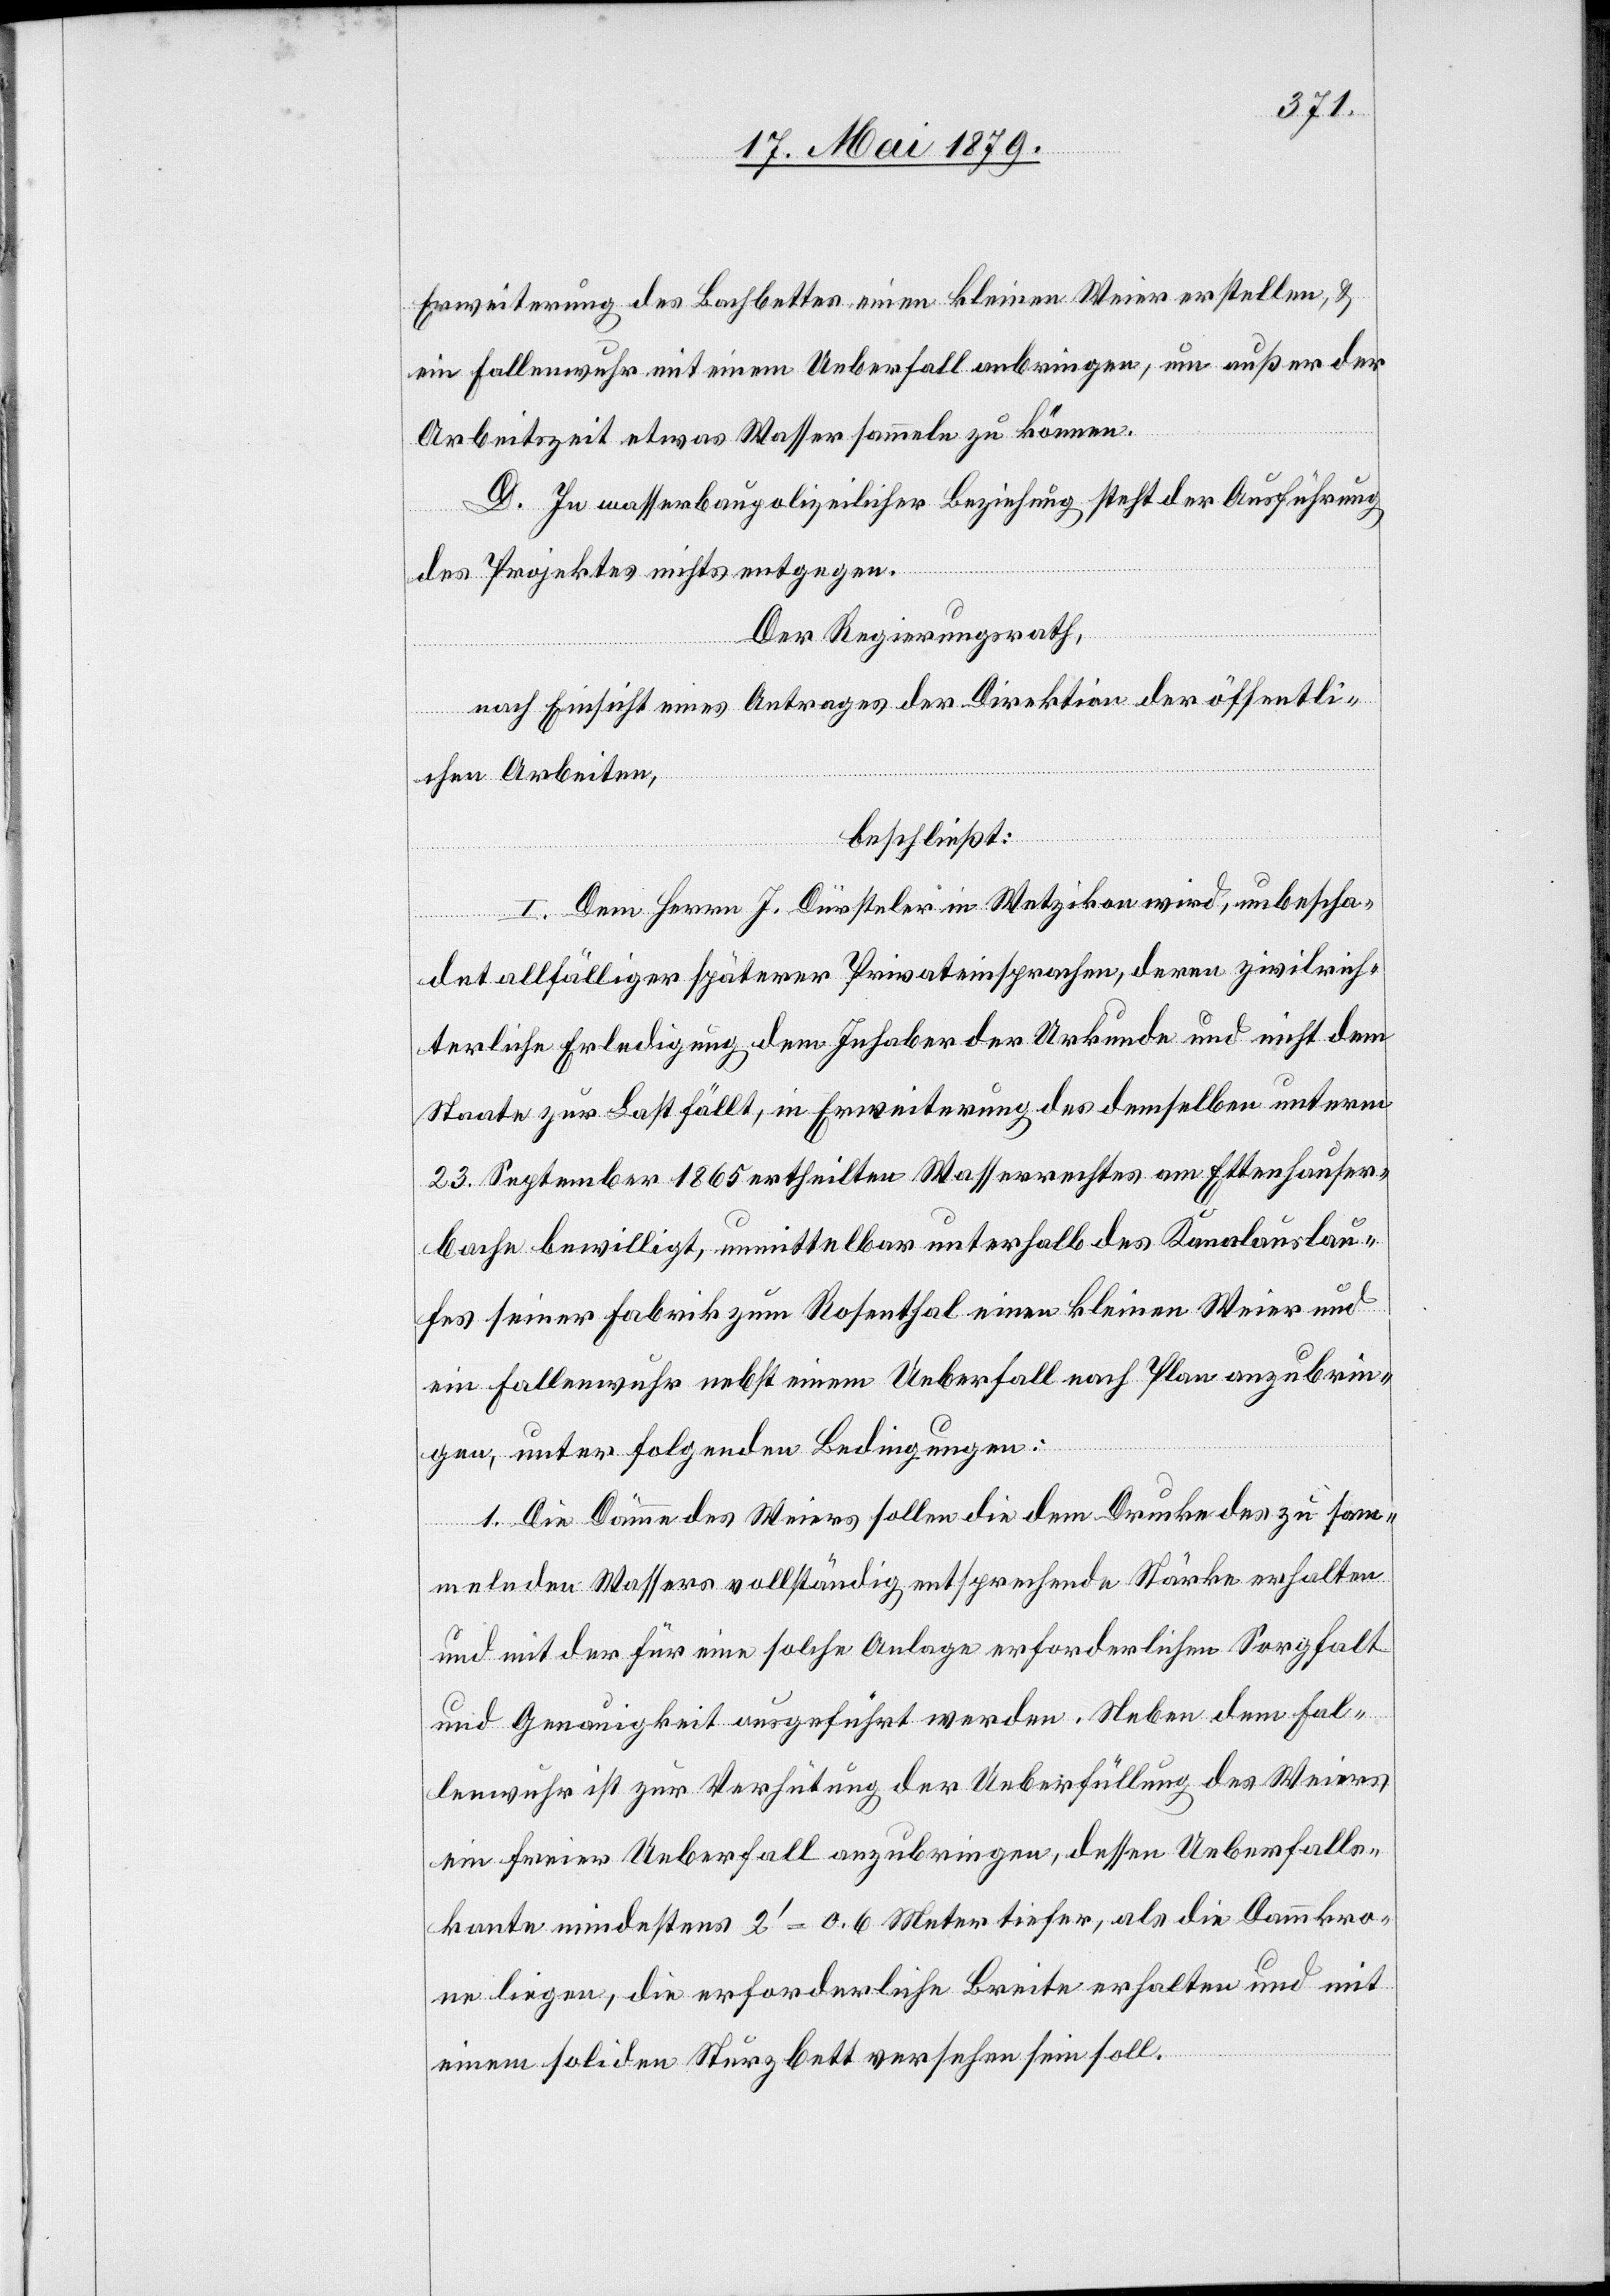
Erweiterung des Bachbettes einen kleinen Weier erstellen, &
ein Fallenwuhr mit einem Ueberfall anbringen, um außer der
Arbeitszeit etwas Wasser sammeln zu können.
D. In wasserbaupolizeilicher Beziehung steht der Ausführung
des Projektes nichts entgegen.
Der Regierungsrath,
nach Einsicht eines Antrages der Direktion der öffentli¬
chen Arbeiten,
beschließt:
I. Dem Herrn J. Dürsteler in Wetzikon wird, unbescha¬
det allfälliger späterer Privateinsprachen, deren zivilrich¬
terliche Erledigung dem Inhaber der Urkunde und nicht dem
Staate zur Last fällt, in Erweiterung des demselben unterm
23. September 1865 ertheilten Wasserrechtes am Ettenhauser¬
bache bewilligt, unmittelbar unterhalb des Kanalauslau¬
fes seiner Fabrik zum Rosenthal einen kleinen Weier und
ein Fallenwuhr nebst einem Ueberfall nach Plan anzubrin¬
gen, unter folgenden Bedingungen:
1. Die Dämme des Weiers sollen die dem Drucke des zu sam¬
melnden Wassers vollständig entsprechende Stärke erhalten
und mit der für eine solche Anlage erforderlichen Sorgfalt
und Genauigkeit ausgeführt werden. Neben dem Fal¬
lenwuhr ist zur Verhütung der Ueberfüllung des Weiers
ein freier Ueberfall anzubringen, dessen Ueberfalls¬
kante mindestens 2‘ = 0.6 Meter tiefer, als die Dammkro¬
ne liegen, die erforderliche Breite erhalten und mit
einem soliden Sturzbett versehen sein soll.